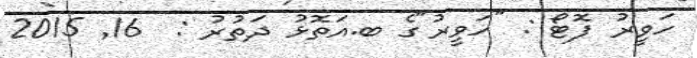
ހަވީރު ފޮޓޯ : "ހަވީރު"ގެ ބ.އަތޮޅު ދަތުރު :  16